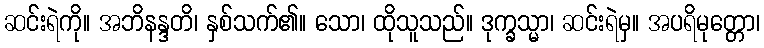
ဆင်းရဲကို။ အဘိနန္ဒတိ၊ နှစ်သက်၏။ သော၊ ထိုသူသည်။ ဒုက္ခသ္မာ၊ ဆင်းရဲမှ။ အပရိမုတ္တော၊